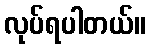
လုပ်ရပါတယ်။